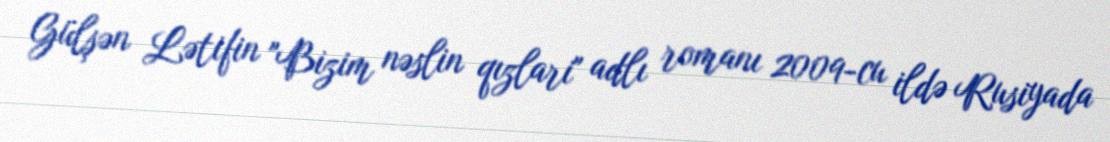
Gülşən Lətifin "Bizim nəslin qızlari" adlı romanı 2009-cu ildə Rusiyada